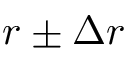
r \pm \Delta r